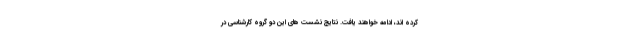
کرده اند، ادامه خواهند یافت. نتایج نشست های این دو گروه کارشناسی در